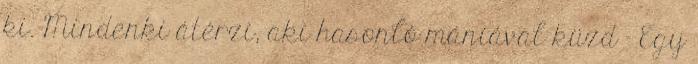
ki. Mindenki átérzi, aki hasonló mániával küzd – Egy